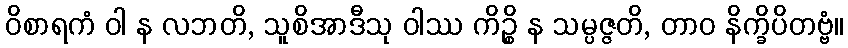
ဝိစာရကံ ဝါ န လဘတိ, သူစိအာဒီသု ဝါဿ ကိဉ္စိ န သမ္ပဇ္ဇတိ, တာဝ နိက္ခိပိတဗ္ဗံ။